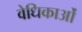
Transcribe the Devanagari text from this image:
वेधिकाओं